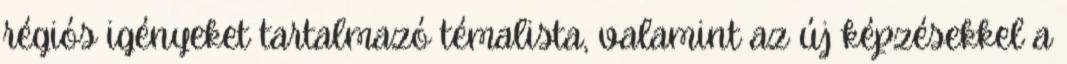
régiós igényeket tartalmazó témalista, valamint az új képzésekkel a